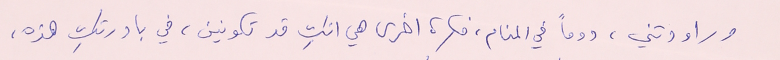
وراودتني، دوماً في المنام، فكرة اخرى هي انكِ قد تكونين، في بادرتكِ هذه،